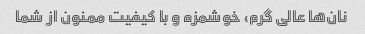
نان‌ها عالی گرم، خوشمزه و با کیفیت ممنون از شما